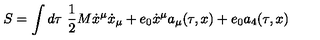
S = \int d \tau \ \frac 1 2 M \dot { x } ^ { \mu } \dot { x } _ { \mu } + e _ { 0 } \dot { x } ^ { \mu } a _ { \mu } ( \tau , x ) + e _ { 0 } a _ { 4 } ( \tau , x )